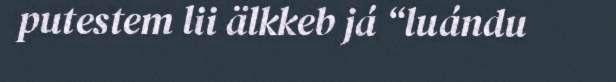
putestem lii älkkeb já “luándu